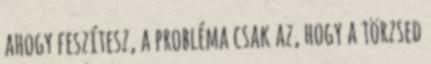
ahogy feszítesz, a probléma csak az, hogy a törzsed